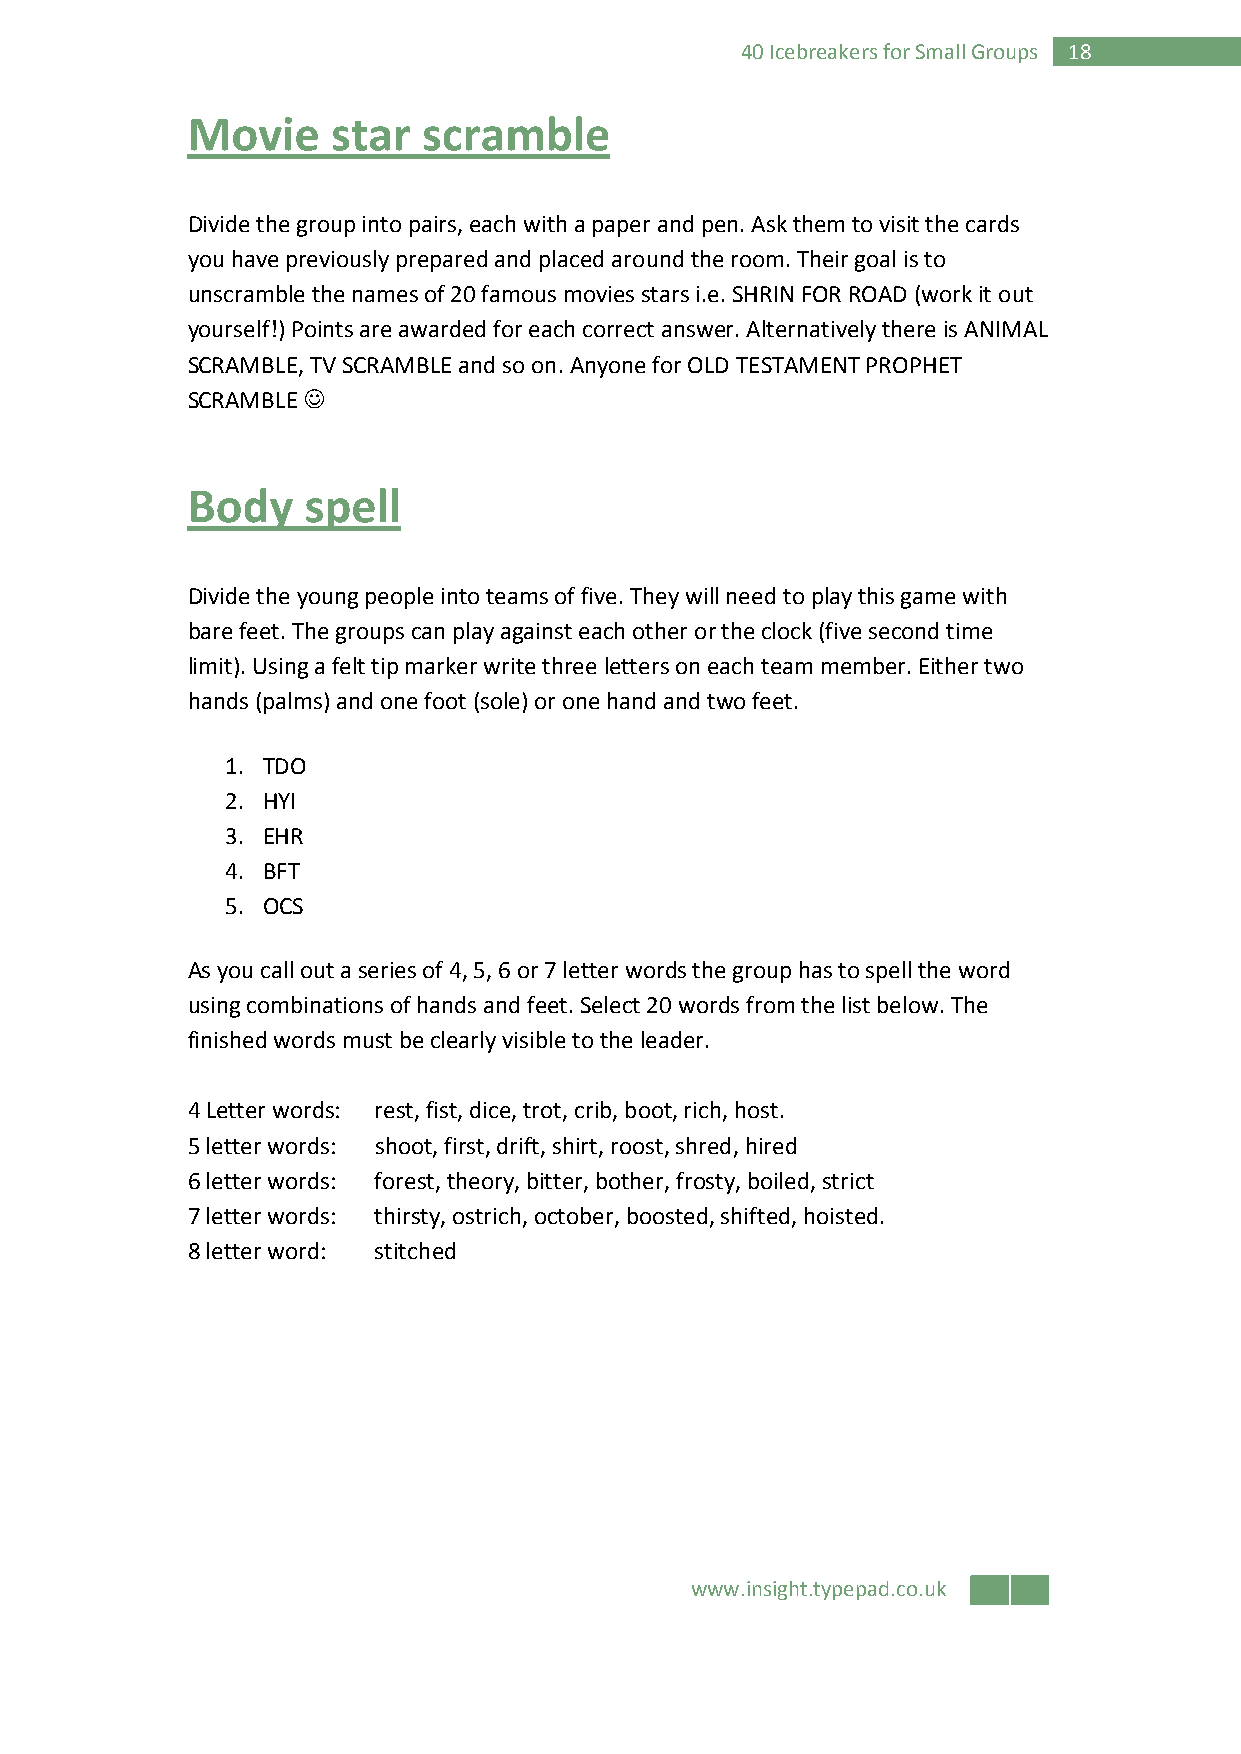
40 Icebreakers for Small Groups 18
 Movie     star  scramble
 Divide the group into pairs, each with a paper and pen. Ask them to visit the cards
 you have previously prepared and placed around the room. Their goal is to
 unscramble the names of 20 famous movies stars i.e. SHRIN FOR ROAD (work it out
 yourself!) Points are awarded for each correct answer. Alternatively there is ANIMAL
 SCRAMBLE, TV SCRAMBLE and so on. Anyone for OLD TESTAMENT PROPHET
 SCRAMBLE ☺
 Body    spell
 Divide the young people into teams of five. They will need to play this game with
 bare feet. The groups can play against each other or the clock (five second time
 limit). Using a felt tip marker write three letters on each team member. Either two
 hands (palms) and one foot (sole) or one hand and two feet.
 1. TDO
 2. HYI
 3. EHR
 4. BFT
 5. OCS
 As you call out a series of 4, 5, 6 or 7 letter words the group has to spell the word
 using combinations of hands and feet. Select 20 words from the list below. The
 finished words must be clearly visible to the leader.
 4 Letter words: rest, fist, dice, trot, crib, boot, rich, host.
 5 letter words: shoot, first, drift, shirt, roost, shred, hired
 6 letter words: forest, theory, bitter, bother, frosty, boiled, strict
 7 letter words: thirsty, ostrich, october, boosted, shifted, hoisted.
 8 letter word: stitched
 www.insight.typepad.co.uk